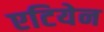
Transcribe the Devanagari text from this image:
एटियेन